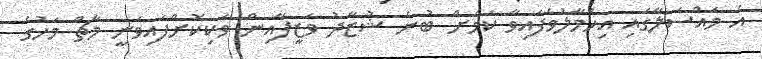
އެ މައްސަލާގައި އިހުމާލުވެފައިވާ ކަމަށް ބުނެ ޝުޒާދު ވަޒީފާއިން ވަކިކޮށްފައިވަނީ މާޗް މަހުގެ